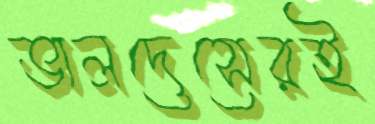
ভালদেসেরই